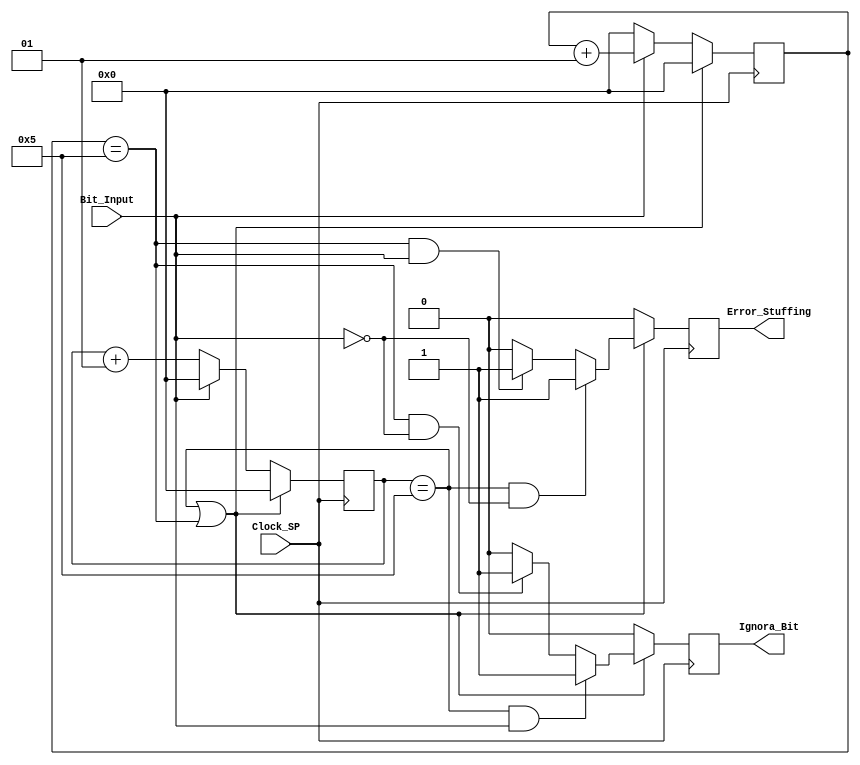
module can_destuff (input	Clock_SP,input Bit_Input,output Ignora_Bit,output Error_Stuffing);
	
	
	parameter CLKS_PER_BIT  			= 10;   // Setada pelo gerador
	
	reg Ignora_Bit_Temp              = 0;    // Marca sexto bit diferente
	reg Error_Stuffing_Temp           = 0;    // Marca sexto bit igual
	
	integer cont_0                   = 0;    // Conta o numero de bits dominantes
	integer cont_1                   = 0;    // Conta o numero de bits recessivos
	
	


	always @(posedge Clock_SP)							     // Funciona com Sample Point								
		begin
				if(cont_0==5||cont_1==5)					  // Se ja houve 5 bits repetidos checamos o sexto
				begin
					if(cont_0==5&&Bit_Input==1)			  // Se houve 5 bits dominantes e o sexto  recessivo 
						Ignora_Bit_Temp=1;					  // Bit deve ser ignorado
					else if(cont_1==5&&Bit_Input==0)		  // Se houve 5 bits recessivos e o sexto  dominante 
						Ignora_Bit_Temp=1;                 // Bit deve ser ignorado
					else											  // Se no, deixo a variavel zerada por precauo
						Ignora_Bit_Temp=0;
						
					if(cont_0==5&&Bit_Input==0)			  // Se houve 5 bits dominantes e o sexto  dominante
						Error_Stuffing_Temp=1;             // Error Frame
					else if(cont_1==5&Bit_Input==1)       // Se houve 5 bits recessivos e o sexto  recessivos
						Error_Stuffing_Temp=1;	           // Error Frame
					else  										  // Se no, deixo a variavel zerada por precauo
						Error_Stuffing_Temp=0;	
						
					cont_0=0;									  // Zero os contadores
					cont_1=0;	                          // Zero os contadores
				end
				else
				begin
					Error_Stuffing_Temp=0;					  // Bit deve ser ignorado
					Ignora_Bit_Temp=0;		              // Bit deve ser ignorado
					if (Bit_Input == 0)
					begin
						cont_1 <= 0;                       // Contador "1" zerado
						cont_0 <= cont_0 + 1;              // Contador "0" incrementado
					end 
					else
					begin
						cont_0 <= 0;                       // Contador "0" zerado
						cont_1 <= cont_1 + 1;              // Contador "1" incrementado
					end		
				end						
		end
	
	assign Ignora_Bit = Ignora_Bit_Temp;				  // Atualizo saida
	assign Error_Stuffing = Error_Stuffing_Temp;      // Atualizo saida
	 
endmodule